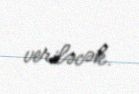
veriləcək.